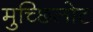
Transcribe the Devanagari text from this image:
मुच्छिलोट